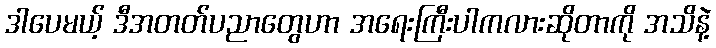
ဒါပေမယ့် ဒီအတတ်ပညာတွေဟာ အရေးကြီးပါကလားဆိုတာကို အသိနဲ့